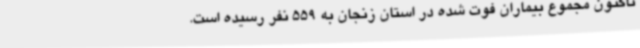
تاکنون مجموع بیماران فوت شده در استان زنجان به 559 نفر رسیده است.